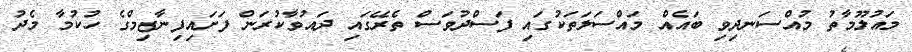
މައުލޫމާތު މުއްސަނދިވި ބައެއް މައްސަލަތަކުގައި ފަސްދުވަސް ތެރޭގައި ދައުވާކުރަން ފަށައިފިނާޒިމްގެ ހުކުމާ މެދު